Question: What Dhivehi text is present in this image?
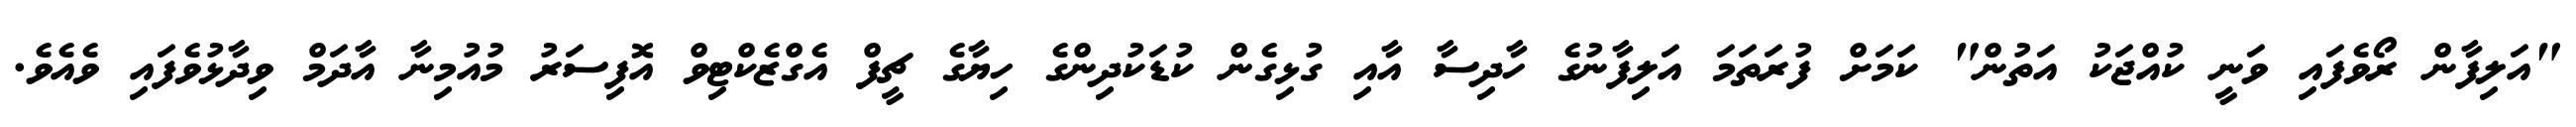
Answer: "އަލިފާން ރޯވެފައި ވަނީ ކުއްޖަކު އަތުން" ކަމަށް ފުރަތަމަ އަލިފާނުގެ ހާދިސާ އާއި ގުޅިގެން ކުޑަކުދިންގެ ހިޔާގެ ޗީފް އެގްޒެކްޓިވް އޮފިސަރު މުއުމިނާ އާދަމް ވިދާޅުވެފައި ވެއެވެ.